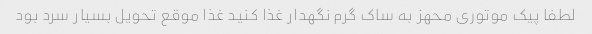
لطفا پیک موتوری محهز به ساک گرم نگهدار غذا کنید غذا موقع تحویل بسیار سرد بود